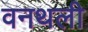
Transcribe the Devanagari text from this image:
वनथली